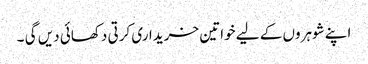
اپنے شوہروں کے لیے خواتین خریداری کرتی دکھائی دیں گی ۔